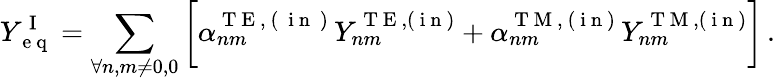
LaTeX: Y_{\mathrm{~e~q~}}^{\mathrm{~I~}}=\displaystyle\sum_{\forall n,m\ne 0,0}\bigg[\alpha_{nm}^{\mathrm{~T~E~,~(~\mathrm{~i~n~}~)~}}Y_{nm}^{\mathrm{~T~E~},(\mathrm{~i~n~})}+\alpha_{nm}^{\mathrm{~T~M~,~(~i~n~)~}}Y_{nm}^{\mathrm{~T~M~},(\mathrm{~i~n~})}\bigg]\, .